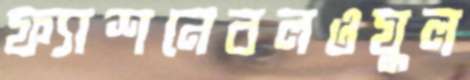
ফ্যাশনেবলওযুল